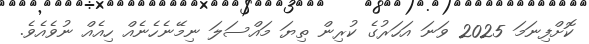
ކޮށްފިނަމަ 2025 ވަނަ އަހަރުގެ ކުރިން ތިޔަ މައްސަލަ ނިމޭނެހެނެއް ހިއެއް ނުވެއެވެ.